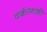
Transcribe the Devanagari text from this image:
वर्करेशकी